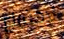
لإجتماع